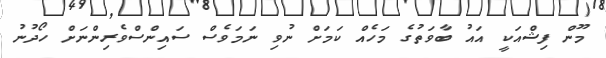
މޫން ފިޝްއަކީ އައު ބާވަތުގެ މަހެއް ކަމަށް ނުވި ނަމަވެސް ސައިންސްވެރިންނަށް ހޯދުނު